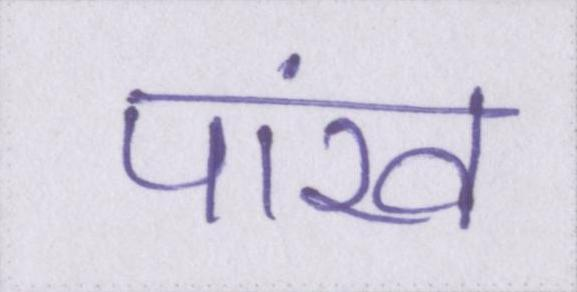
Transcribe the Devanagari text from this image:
पांख